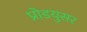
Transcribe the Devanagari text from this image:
प्रोडयुसर